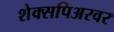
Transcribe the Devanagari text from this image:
शेक्सपिअरवर